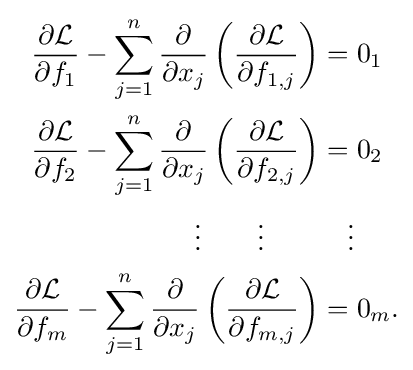
{\begin{aligned}{\frac {\partial {\mathcal {L}}}{\partial f_{1}}}-\sum _{j=1}^{n}{\frac {\partial }{\partial x_{j}}}\left({\frac {\partial {\mathcal {L}}}{\partial f_{1,j}}}\right)&=0_{1}\\{\frac {\partial {\mathcal {L}}}{\partial f_{2}}}-\sum _{j=1}^{n}{\frac {\partial }{\partial x_{j}}}\left({\frac {\partial {\mathcal {L}}}{\partial f_{2,j}}}\right)&=0_{2}\\\vdots \qquad \vdots \qquad &\quad \vdots \\{\frac {\partial {\mathcal {L}}}{\partial f_{m}}}-\sum _{j=1}^{n}{\frac {\partial }{\partial x_{j}}}\left({\frac {\partial {\mathcal {L}}}{\partial f_{m,j}}}\right)&=0_{m}.\end{aligned}}